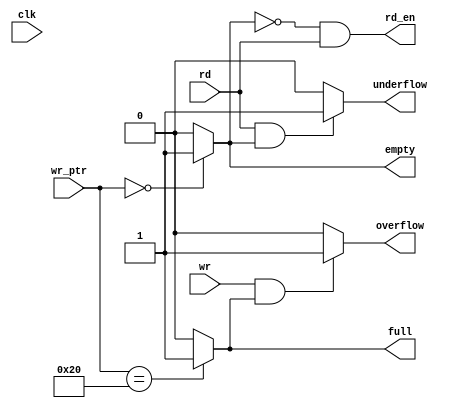
`timescale 1ns / 1ps
//////////////////////////////////////////////////////////////////////////////////
// Company: 
// Engineer: 
// 
// Design Name: 
// Module Name: Status_Signals
// Project Name: 
// Target Devices: 
// Tool Versions: 
// Description: 
// 
// Dependencies: 
// 
// Revision:
// Revision 0.01 - File Created
// Additional Comments:
// 
//////////////////////////////////////////////////////////////////////////////////


module Status_Signals #(parameter depth=32) (full,empty,overflow,underflow,clk,wr_ptr,wr,rd,rd_en);

    input clk,wr,rd;
    input [31:0] wr_ptr;
    output full,empty,overflow,underflow,rd_en;
    
    assign full = (wr_ptr == depth) ? 1:0;
    assign empty = (wr_ptr == 0) ? 1:0;
    assign rd_en = (~empty & rd);
    
    assign overflow = (wr & full)? 1:0;
    assign underflow = (rd & empty)? 1:0;
    
endmodule